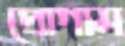
প্রোগাম